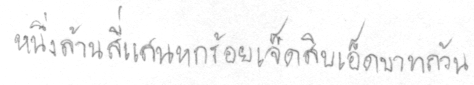
หนึ่งล้านสี่แสนหกร้อยเจ็ดสิบเอ็ดบาทถ้วน